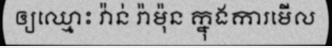
ឲ្យឈ្មោះ វ៉ាន់ រ៉ាម៉ុន ក្នុងការមើល